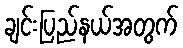
ချင်းပြည်နယ်အတွက်